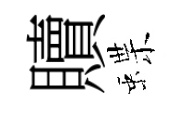
贖蝶